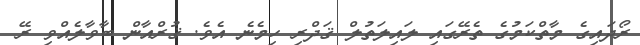
ރޯދައިގެ މާތްކަމުގެ ތެރޭގައި ލައިލަތުލް ޤަދްރި ހިމެނެ އެވެ. ޤުރްއާން ބާވާލެއްވި ރޭ